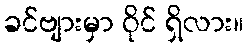
ခင်ဗျားမှာ ဝိုင် ရှိလား။